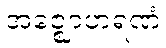
အဇ္ဈောဟရဏံ